Annual report on the working of the lock hospitals in the Central Provinces
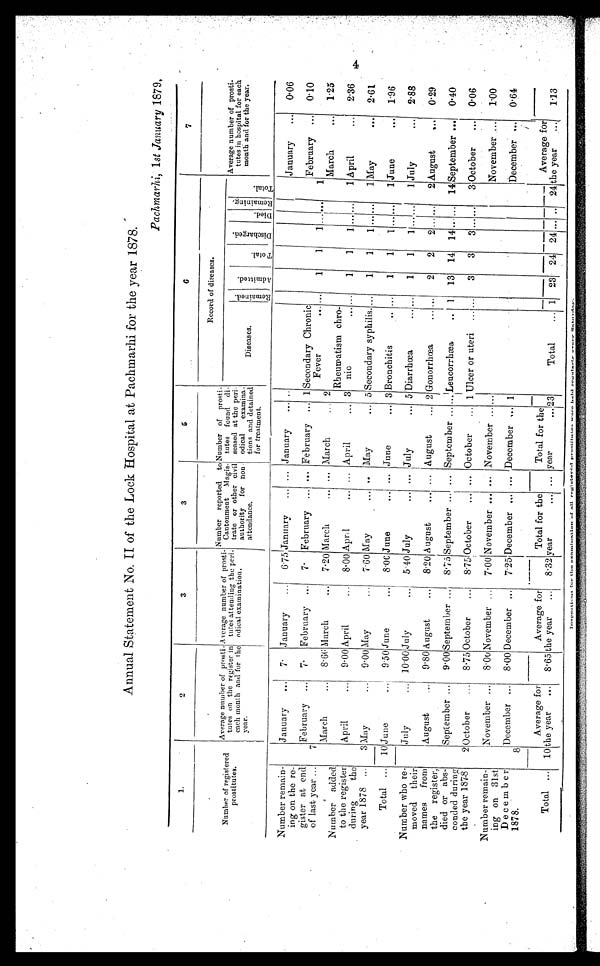
Annual Statement No. II of the Lock Hospital at Pachmarhi for the year 1878.
Pachmarhi, 1st January 1879.
1.
2
3
3
5
6
7
Record of diseases.
Number of registered
prostitutes.
Average number of prosti-
tutes on the register in
each month and for the
year.
Average number of prosti
- tutes attending the peri-
odical examination.
Number reported to
Cantonment Magis-
trate or other civil
authority for non
attendance.
Number of prosti- tutes found di-
sensed at the peri-
odical examina-
tions and detained
for treatment.
Diseases.
R e m a i n e d .
A d m i t t e d .
T o t a l .
D i s c h a r g e d .
Died.
r e m a i n i n g .
T o t a l .
Average number of prosti-
tutes in hospital for each
month and for the year.
Number remain-
in g on the re-
gister at end
of last year ...
January
...
7 ·
January
...
6·75 January
... ... January
... . .
January
...
0·06
February
7· February ...
7· February ... ... February ... 1 Secondary Chronic
Fever
February ...
0·10
7
...
1
1
1 . . .
......
1
March
...
8·66 March
...
7 . 20 March
... ... March.
... 2
March.
...
1·25
Number added
to the register
during the
year 1878 ...
Rheumatism chro-
nic
. . .
April
...
9 . 00 April
...
8·00 April
... ... April
... 3
. . .
1
1
1 . . .
1 April
...
2·36
3 May
...
9·00 M a y . . .
7·60 May ...
... May
... 5 Secondary syphilis. ...
1
1
1 ......
1 May
. . . 2·61
Total ... 10 June
...
9·50 June
...
8·00June ...
... June
... 3 Bronchitis
.. ...
1
1
1 ......
1 June
...
1·96
Number who re-
moved their
names from
the register,
died or abs-
conded during
theyear 1878
July
10·00 July
...
5 . 40 July
... ... July
... 5 Diarrhœa...
. . .
1
1
1 . . . 1
1 July
...
2·88
August
9·80 August ...
8·20 August
... ... August
... 2 Gonorrhœa
... . . .
2
2
2 . . .
......
2 August
...
0·29
September ...
9·00 September ...
8·75 September ... ... September ... ... Leucorrhæa
.. 1
13 14 14 ... ... 14 September ...
0·40
2 October
...
8·75 October
...
8·75 October
... ... October
... 1 Ulcer or uteri ...... . . .
3
3
3 . . .
......
3 October
...
0·06
Number remain-
ing on 31st
December
1878.
November ...
8·00 November ...
7 . 00 November ... ... November ... . . .
November ...
1·00
8
December ...
8·00 December ...
7. 25 December ... ... December ... 1
December ...
0·64
Total ... 10
Average for
the year
...
8·65
Average for
the year
...
8·32
Total for the
year
... ...
Total for the
year
... 23
Total
... 1
23
24 24 ... ..
24
Averagefor
the year ...
1·13
I n a p e c t i o n s f o r t h e o x n m i n a t i o n o f a l l r e g i s t e r e d p r o s t i t u t i o n w o r e h o l d r e g u l a r l y e r e r y S a t u r d a s .